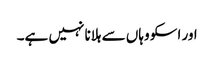
اور اسکو وہاں سے ہلانا نہیں ہے۔